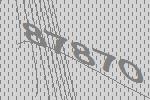
87870